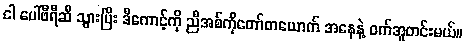
ငါ ပေါ်ဖီရီဆီ သွားပြီး ဒီကောင့်ကို ညီအစ်ကိုတော်တယောက် အနေနဲ့ ဝက်အူတင်းမယ်။